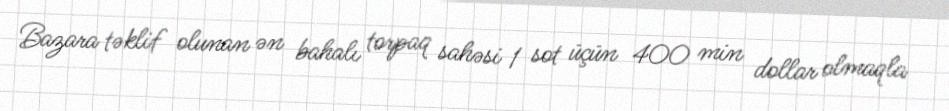
Bazara təklif olunan ən bahalı torpaq sahəsi 1 sot üçün 400 min dollar olmaqla